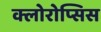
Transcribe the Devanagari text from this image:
क्लोरोप्सिस